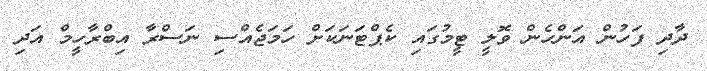
ދާދި ފަހުން އަންހެން ވޮލީ ޓީމުގައި ކެޕްޓަނަކަށް ހަމަޖެއްސި ނަސްރާ އިބްރާހީމް އަދި